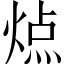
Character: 𬊬